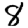
Digit: 8